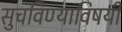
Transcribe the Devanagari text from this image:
सुचविण्याविषयी